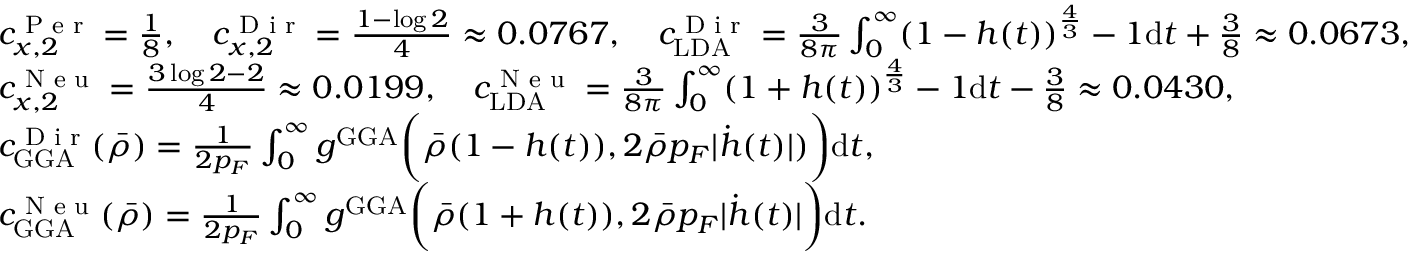
\begin{array} { r l } & { c _ { x , 2 } ^ { \textnormal { P e r } } = \frac { 1 } { 8 } , \quad c _ { x , 2 } ^ { \textnormal { D i r } } = \frac { 1 - \log 2 } { 4 } \approx 0 . 0 7 6 7 , \quad c _ { \mathrm { L D A } } ^ { \textnormal { D i r } } = \frac { 3 } { 8 \pi } \int _ { 0 } ^ { \infty } ( 1 - h ( t ) ) ^ { \frac { 4 } { 3 } } - 1 \mathrm { d } t + \frac { 3 } { 8 } \approx 0 . 0 6 7 3 , } \\ & { c _ { x , 2 } ^ { \textnormal { N e u } } = \frac { 3 \log 2 - 2 } { 4 } \approx 0 . 0 1 9 9 , \quad c _ { \mathrm { L D A } } ^ { \textnormal { N e u } } = \frac { 3 } { 8 \pi } \int _ { 0 } ^ { \infty } ( 1 + h ( t ) ) ^ { \frac { 4 } { 3 } } - 1 \mathrm { d } t - \frac { 3 } { 8 } \approx 0 . 0 4 3 0 , } \\ & { c _ { \mathrm { G G A } } ^ { \textnormal { D i r } } ( \bar { \rho } ) = \frac { 1 } { 2 p _ { F } } \int _ { 0 } ^ { \infty } g ^ { \mathrm { G G A } } \biggr ( \bar { \rho } ( 1 - h ( t ) ) , 2 \bar { \rho } p _ { F } | \dot { h } ( t ) | ) \biggl ) \mathrm { d } t , } \\ & { c _ { \mathrm { G G A } } ^ { \textnormal { N e u } } ( \bar { \rho } ) = \frac { 1 } { 2 p _ { F } } \int _ { 0 } ^ { \infty } g ^ { \mathrm { G G A } } \biggr ( \bar { \rho } ( 1 + h ( t ) ) , 2 \bar { \rho } p _ { F } | \dot { h } ( t ) | \biggl ) \mathrm { d } t . } \end{array}